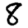
Digit: 8